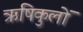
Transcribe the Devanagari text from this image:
ऋषिकुलों